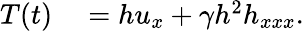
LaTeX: \begin{array}{rl}{T(t)}&{{}=hu_{x}+\gamma h^{2}h_{xxx}.}\end{array}